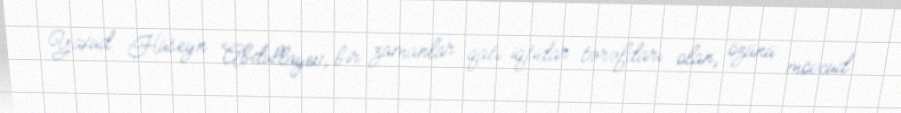
Yaxud Hüseyn Abdullayev, bir zamanlar qatı iqtidar tərəfdarı olan, özünü mövcud